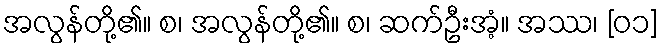
အလွန်တို့၏။ စ၊ အလွန်တို့၏။ စ၊ ဆက်ဦးအံ့။ အဿ၊ [၀၁]